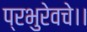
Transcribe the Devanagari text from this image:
प्रभुरेवचे।।